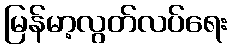
မြန်မာ့လွတ်လပ်ရေး